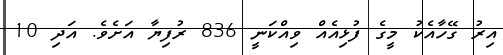
އިރު ގޭހާއެކު މީގެ ފުޅިއެއް ވިއްކަނީ 836 ރުފިޔާ އަށެވެ. އަދި 10